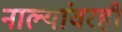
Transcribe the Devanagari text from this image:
नाल्यांवरही